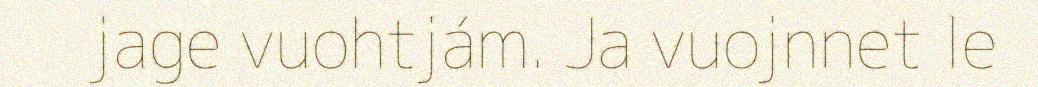
jage vuohtjám. Ja vuojnnet le